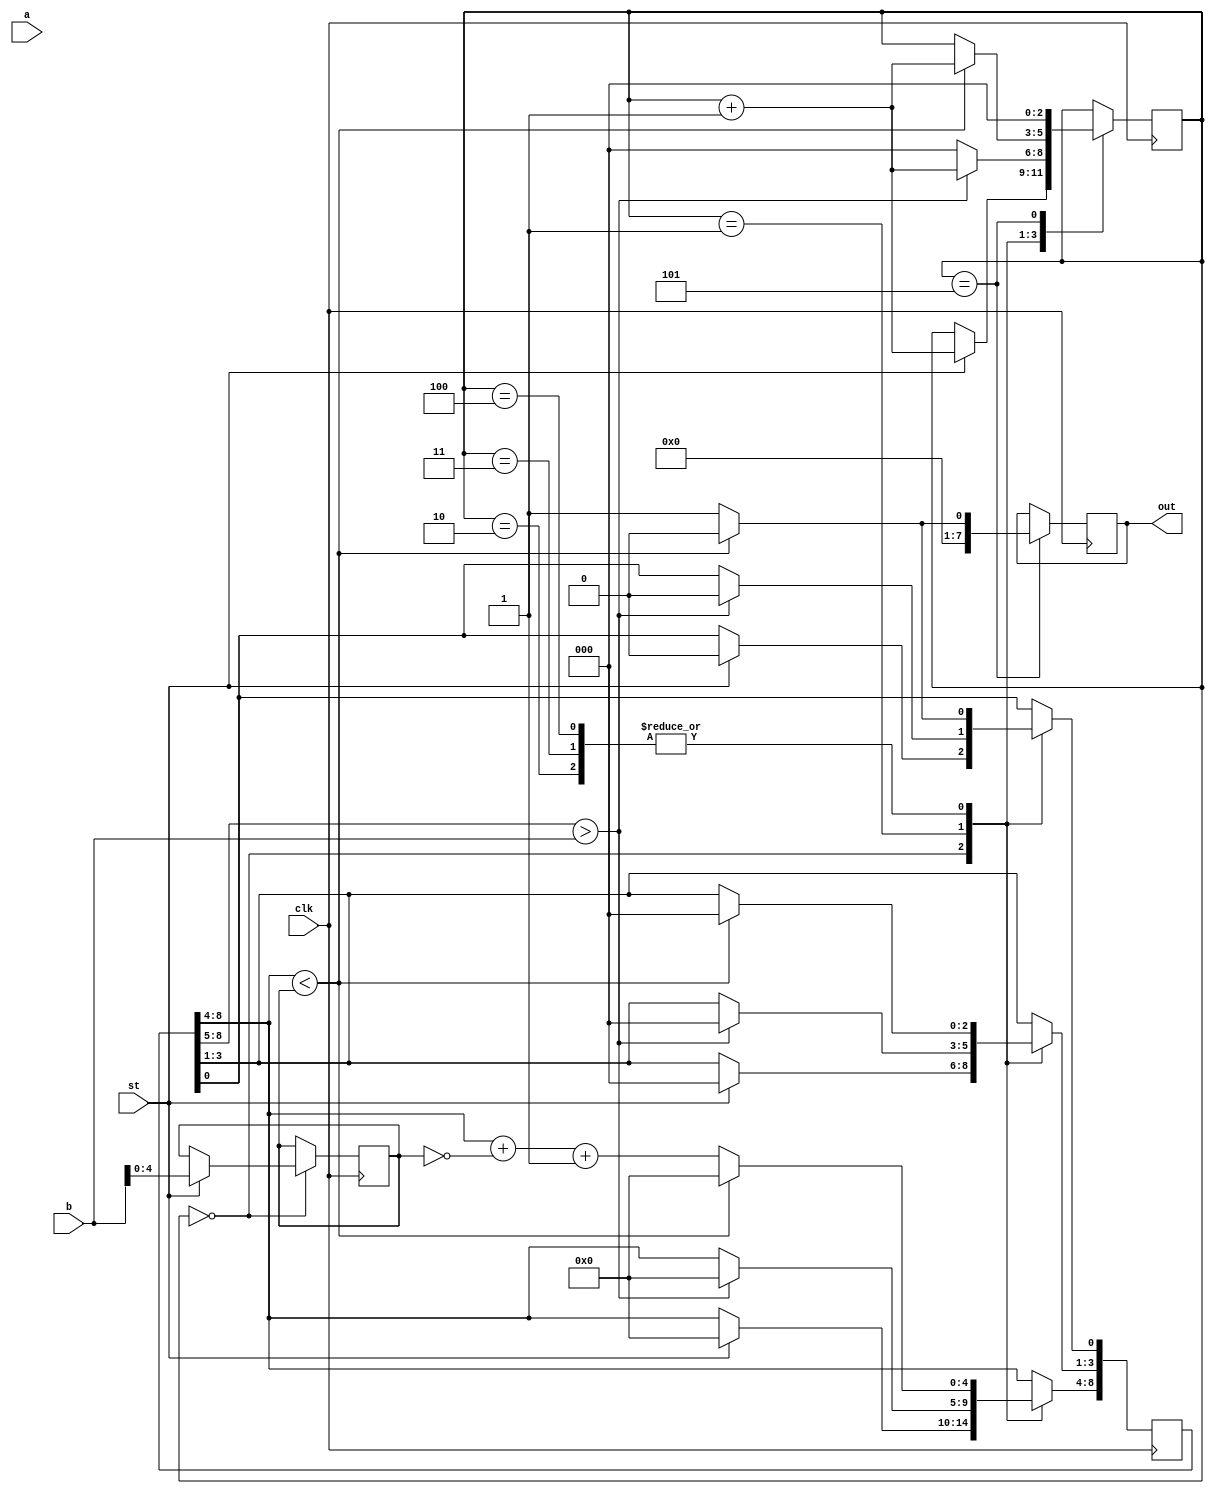
module Divisor8(clk, a, b, st, out);
input clk;
input [7:0] a;
input [7:0] b;
input st;
output reg [7:0] out;


reg [2:0] State;
reg [8:0] Dividend;
reg [4:0] Diviser;

always @ (posedge clk)
begin
	case(State)
		0: 
		begin
			if(st)
			begin
				Dividend <= {a, 0};
				Diviser <= {0, b};
				State <= State + 1;
			end
		end
		1:
		begin
			if(Dividend[8:5] > b) //Not Overflow
			begin
				Dividend <= {Dividend[7:0], 0};
				State <= State +1;
			end
			else
				State <= 0;
		end
		2:
		begin
			if(Dividend[8:4] < Diviser)
			begin
				Dividend <= {Dividend[7:0], 0};
				State <= State +1;
			end
			else
			begin
				Dividend[8:4] <= Dividend[8:4] + (~Diviser) +1; //2's Complement
				Dividend[0] <= 1;
			end
		end
		3:
		begin
			if(Dividend[8:4] < Diviser)
			begin
				Dividend <= {Dividend[7:0], 0};
				State <= State +1;
			end
			else
			begin
				Dividend[8:4] <= Dividend[8:4] + (~Diviser) +1; //2's Complement
				Dividend[0] <= 1;
			end
		end
		
		4:
		begin
			if(Dividend[8:4] < Diviser)
			begin
				Dividend <= {Dividend[7:0], 0};
				State <= State +1;
			end
			else
			begin
				Dividend[8:4] <= Dividend[8:4] + (~Diviser) +1; //2's Complement
				Dividend[0] <= 1;
			end
		end
		
		5:
		begin
			if(Dividend[8:4] < Diviser)
			begin
				out <= {4'b0000, Dividend[3:1], 0};
				State <= 0;
			end
			else
			begin
				out <= {4'b0000, Dividend[3:1], 1}; //2's Complement
				State <= 0;
			end
		end
	endcase
end
				



endmodule